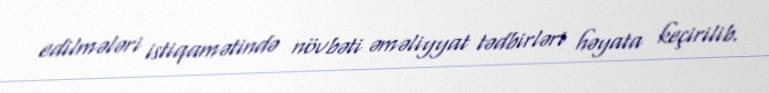
edilmələri istiqamətində növbəti əməliyyat tədbirləri həyata keçirilib.